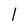
Character: l